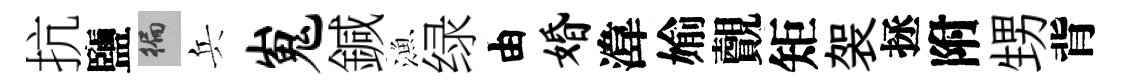
抗鹽徧兵嵬鍼漁绿由婚湋媮覿矩袈拯附甥背